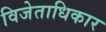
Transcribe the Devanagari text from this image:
विजेताधिकार